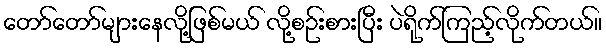
တော်တော်များနေလို့ဖြစ်မယ် လို့စဉ်းစားပြီး ပဲရိုက်ကြည့်လိုက်တယ်။